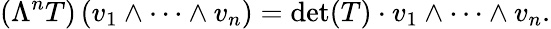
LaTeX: \left(\Lambda^{n}T\right)\left(v_{1}\wedge\dots\wedge v_{n}\right)=\operatorname*{det}(T)\cdot v_{1}\wedge\dots\wedge v_{n}.